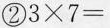
②$$3 \times 7 =$$